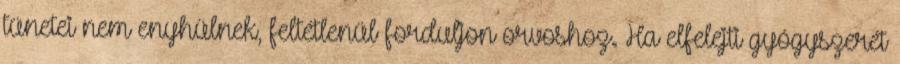
tünetei nem enyhülnek, feltétlenül forduljon orvoshoz. Ha elfelejti gyógyszerét